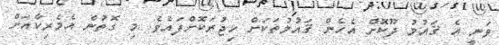
ވަނީ އެ ޤައުމު ދޫކޮށް އެހެން ޤައުމުތަކަށް ހިޖުރަކޮށްފައެވެ. މި ގޮތުން އެމެރިކާއަށް